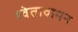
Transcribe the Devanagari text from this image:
श्वेतावामन